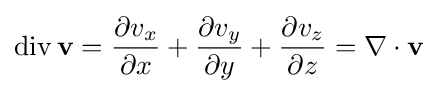
\operatorname {div} \mathbf {v} ={\partial v_{x} \over \partial x}+{\partial v_{y} \over \partial y}+{\partial v_{z} \over \partial z}=\nabla \cdot \mathbf {v}